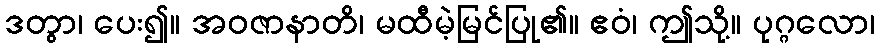
ဒတွာ၊ ပေး၍။ အဝဇာနာတိ၊ မထီမဲ့မြင်ပြု၏။ ဧဝံ၊ ဤသို့။ ပုဂ္ဂလော၊